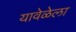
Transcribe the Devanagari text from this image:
यावेळेला